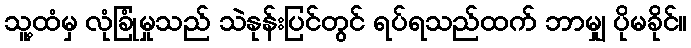
သူ့ထံမှ လုံခြုံမှုသည် သဲနုန်းပြင်တွင် ရပ်ရသည်ထက် ဘာမျှ ပိုမခိုင်။